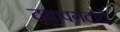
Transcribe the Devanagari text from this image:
दबावगटाचे